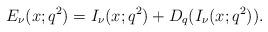
LaTeX: \begin{align*}E_{\nu}(x;q^2)=I_{\nu}(x;q^2)+D_q(I_{\nu}(x;q^2)).\end{align*}